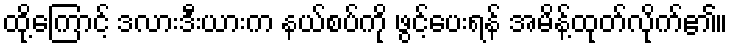
ထို့ကြောင့် ဒလားဒီးယားက နယ်စပ်ကို ဖွင့်ပေးရန် အမိန့်ထုတ်လိုက်၏။